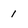
Character: 1